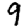
Digit: 9